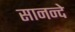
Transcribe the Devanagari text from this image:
सानन्दे